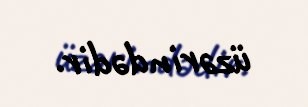
üzərindədir.